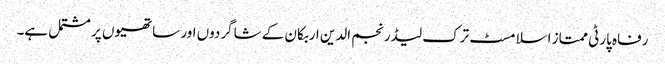
رفاہ پارٹی ممتاز اسلامسٹ ترک لیڈر نجم الدین اربکان کے شاگردوں اور ساتھیوں پر مشتمل ہے۔